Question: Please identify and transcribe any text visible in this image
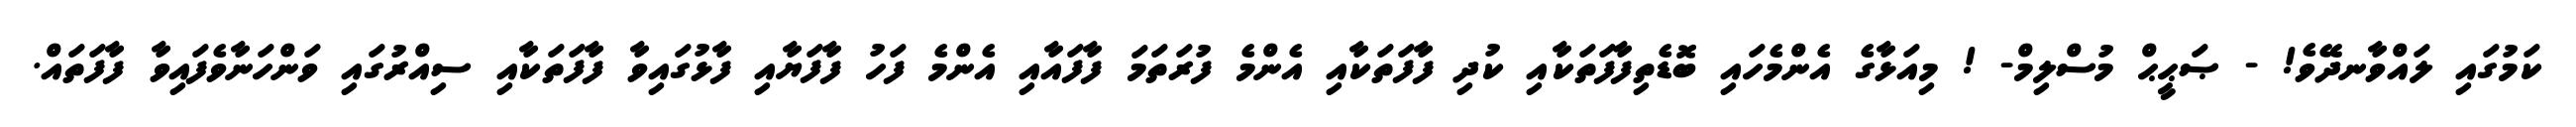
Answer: ކަމުގައި ލައްވާނދޭވެ! - ޞަޙީޙް މުސްލިމް- ! މިއަޅާގެ އެންމެހައި ބޮޑެތިފާފަތަކާއި ކުދި ފާފަތަކާއި އެންމެ ފުރަތަމަ ފާފައާއި އެންމެ ފަހު ފާފަޔާއި ފާޅުގައިވާ ފާފަތަކާއި ސިއްރުގައި ވަންހަނާވެފައިވާ ފާފަތައް.